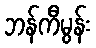
ဘန်ကီမွန်း